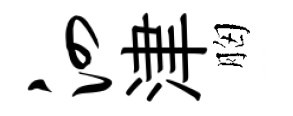
泗津胸